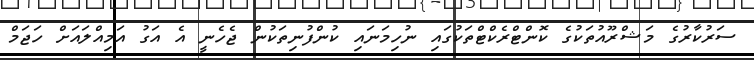
ސަރުކާރުގެ މަޝްރޫއުތަކުގެ ކޮންޓްރެކްޓްތަކުގައި ނުހިމަނައި ކުންފުނިތަކުން ޖެހެނީ އެ އަގު އަމިއްލައަށް ހަޖަމް